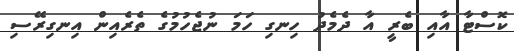
ކޮސްޓާ އާއި ބެރީ އާ ދެމެދު ހިނގި ހަމަ ނުޖެހުމުގެ ތެރެއިން އިނގިރޭސި